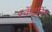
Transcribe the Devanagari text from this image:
स्कॅटरिंग